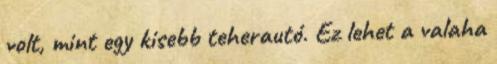
volt, mint egy kisebb teherautó. Ez lehet a valaha